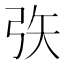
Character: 矤